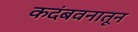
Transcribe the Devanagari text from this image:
कदंबवनातून